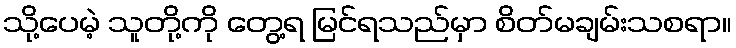
သို့ပေမဲ့ သူတို့ကို တွေ့ရ မြင်ရသည်မှာ စိတ်မချမ်းသစရာ။